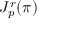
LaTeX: J _ { p } ^ { r } ( \pi )